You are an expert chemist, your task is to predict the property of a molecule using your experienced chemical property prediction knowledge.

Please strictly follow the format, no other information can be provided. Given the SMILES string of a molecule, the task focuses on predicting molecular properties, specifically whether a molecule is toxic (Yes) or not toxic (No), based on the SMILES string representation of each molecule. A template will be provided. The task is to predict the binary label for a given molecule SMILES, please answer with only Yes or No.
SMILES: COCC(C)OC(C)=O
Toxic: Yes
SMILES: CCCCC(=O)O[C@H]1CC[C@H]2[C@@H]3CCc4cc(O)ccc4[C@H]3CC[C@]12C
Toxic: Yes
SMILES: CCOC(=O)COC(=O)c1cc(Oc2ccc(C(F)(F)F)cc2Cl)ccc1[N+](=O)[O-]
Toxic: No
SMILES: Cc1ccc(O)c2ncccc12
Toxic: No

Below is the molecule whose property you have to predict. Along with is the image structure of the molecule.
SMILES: [Fe+2]
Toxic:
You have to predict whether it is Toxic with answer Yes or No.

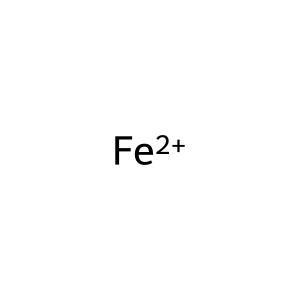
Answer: No